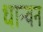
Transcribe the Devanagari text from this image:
धान्वन